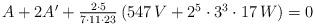
LaTeX: \begin{align*}\hbox{$A+2A'+{2\cdot5\over7\cdot11\cdot23}\left(547\,V+2^5\cdot3^3\cdot17\,W\right)=0$}\end{align*}